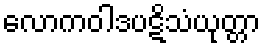
လောကဝါဒပဋိသံယုတ္တာ